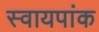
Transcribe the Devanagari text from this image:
स्वायपांक